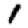
Digit: 1